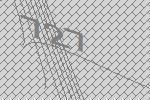
727